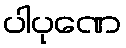
ပါပုဏေ